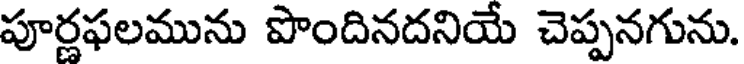
పూర్ణఫలమును పొందినదనియే చెప్పనగును.